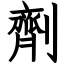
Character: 劑